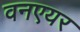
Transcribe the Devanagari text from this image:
वनएयर